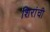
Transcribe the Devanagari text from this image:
शिरांची